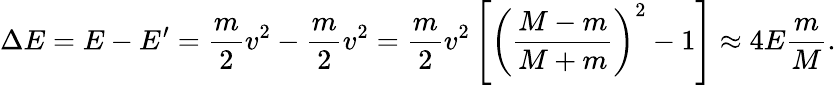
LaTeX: \Delta E=E-E^{\prime}=\frac{m}{2}v^{2}-\frac{m}{2}v^{2}=\frac{m}{2}v^{2}\left[\left(\frac{M-m}{M+m}\right)^{2}-1\right]\approx 4E\frac{m}{M}.